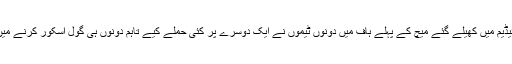
ولواگراڈ اسٹئیڈیم میں کھیلے گئے میچ کے پہلے ہاف میں دونوں ٹیموں نے ایک دوسرے پر کئی حملے کیے تاہم دونوں ہی گول اسکور کرنے میں ناکام رہیں۔